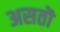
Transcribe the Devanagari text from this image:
असतॊ